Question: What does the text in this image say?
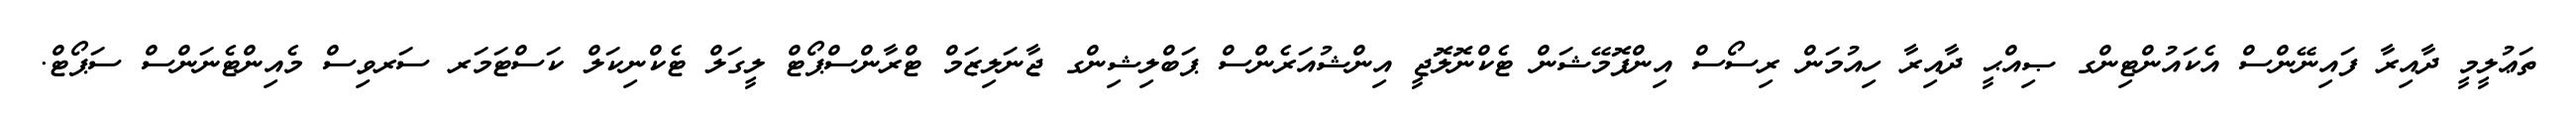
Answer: ތަޢުލީމީ ދާއިރާ ފައިނޭންސް އެކައުންޓިންގ ޞިއްޙީ ދާއިރާ ހިއުމަން ރިސޯސް އިންފޮމޭޝަން ޓެކްނޮލޮޖީ އިންޝުއަރެންސް ޕަބްލިޝިންގ ޖާނަލިޒަމް ޓްރާންސްޕޯޓް ލީގަލް ޓެކްނިކަލް ކަސްޓަމަރ ސަރވިސް މެއިންޓެނަންސް ސަޕޯޓް.